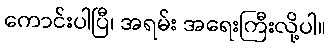
ကောင်းပါပြီ၊ အရမ်း အရေးကြီးလို့ပါ။